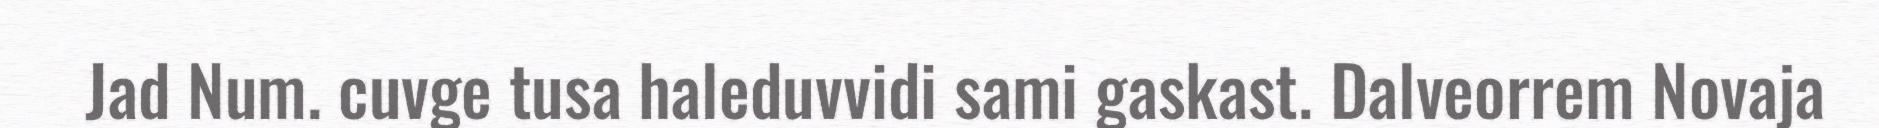
Jad Num. cuvge tusa haleduvvidi sami gaskast. Dalveorrem Novaja